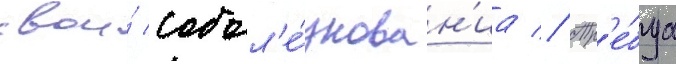
свои́ собол'е́знован'иа // Тр'е́буа